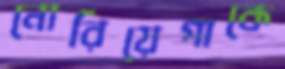
নোরিয়েগাকে